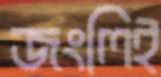
জংলিই